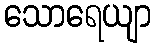
သောရေယျာ